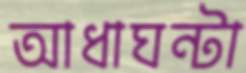
আধাঘন্টা